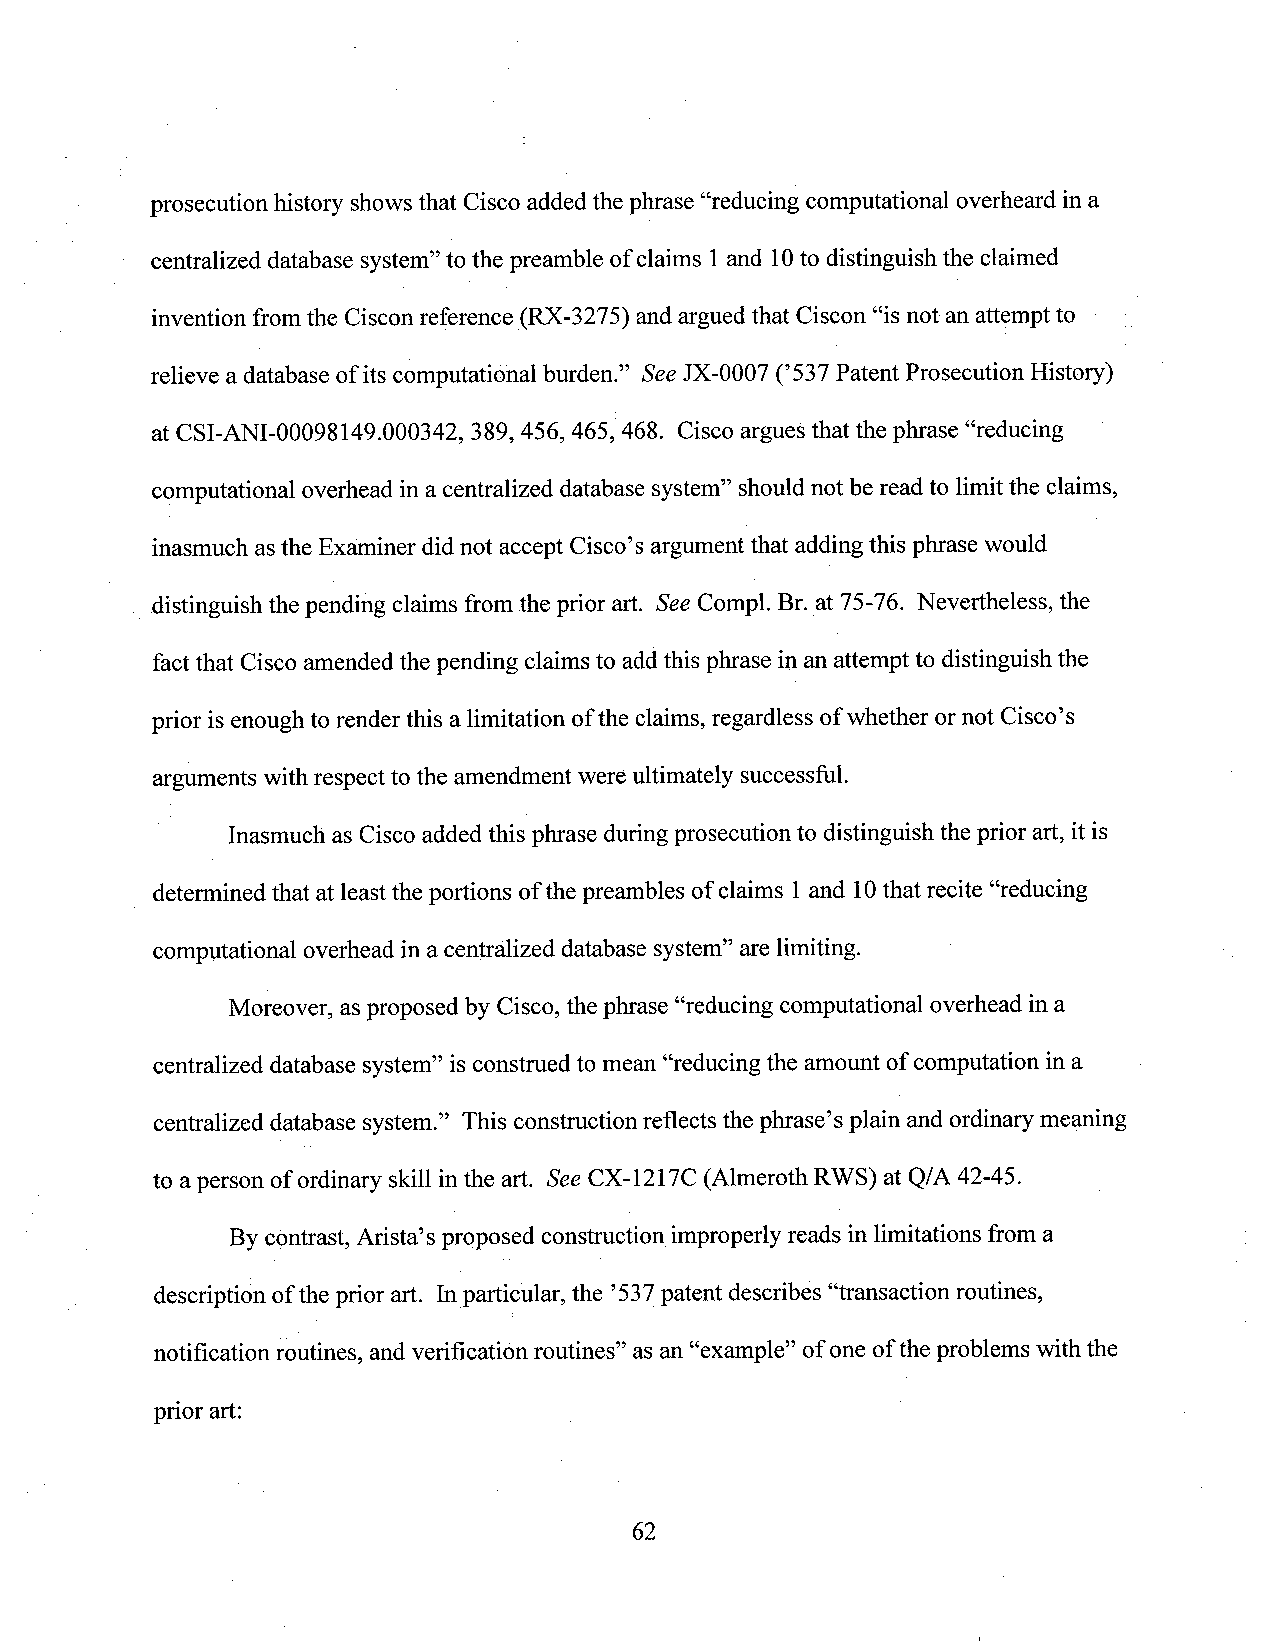
prosecution history showsthat Cisco added thephrase “reducing computational overheard in a
 centralized database system”to the preamble of claims l and 10to distinguish the claimed
 invention from the Ciscon reference (RX-3275) and argued that Ciscon “is not an attempt to ­
 relieve a database ofits computational burden.” SeeJX-0007 (’537 Patent Prosecution History)
 at CSI-ANI-00098149000342, 389, 456, 465, 468. Ciscoarguesthat the phrase “reducing
 computational overhead in acentralized database system” should not be read to limit the claims,
 inasmuch asthe Examiner did not accept Cisco’s argumentthat adding this phrase would
 distinguish thepending claims from the prior art. See Colnpl. Br. at 75-76. Nevertheless, the
 factthat Cisco amended the pending claims to addthis phrase in anattempt to distinguish the
 prior is enoughto renderthis a limitation of the claims,regardless ofwhether ornot Cisco’s
 arguments with respect to the amendment were ultimately successful.
 Inasmuch as Ciscoadded this phrase during prosecution to distinguish the prior art, it is
 determined that at least the portions of thepreambles of claims 1and 10that recite “reducing
 computational overhead in a centralized database system” are limiting. "
 Moreover, as proposed by Cisco, the phrase “reducing computational overhead in a
 centralized database system” is construed to mean “reducingthe amount ofcomputation in a
 centralized database system.” This construction reflects the phrase’s plain and ordinarymeaning
 to aperson of ordinary skill in the art. SeeCX-1217C (Almeroth RWS) at Q/A 42-45.
 Bycontrast, Arista’s proposed construction improperly reads in limitations froma
 description ofthe prior art. Inparticular, the ’537patent describes “transaction routines,
 notification routines, andverification routines” asan “example” ofone ofthe problems with the
 prior art:                                        '
 62